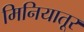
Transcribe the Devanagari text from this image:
मिनियातूर